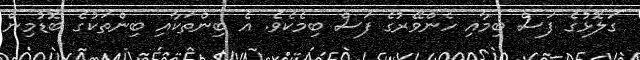
ގަލޮޅުގެ ފަސް ބިމާއި ހެންވޭރުގެ ފަސް ބިމެކެވެ. އެ ބިންތަކާއި ބިންތަކުގެ ބޮޑުމިން